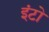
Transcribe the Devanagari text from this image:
इंटो